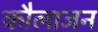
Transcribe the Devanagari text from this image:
कौलाजन